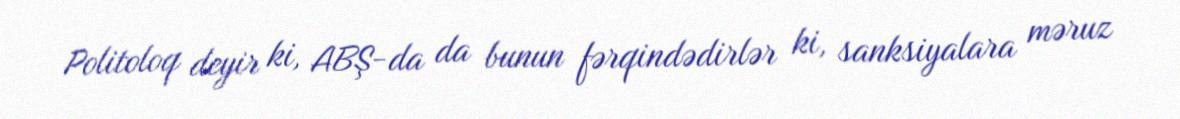
Politoloq deyir ki, ABŞ-da da bunun fərqindədirlər ki, sanksiyalara məruz